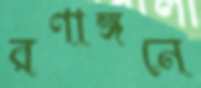
রণাঙ্গনে